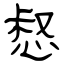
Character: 惄